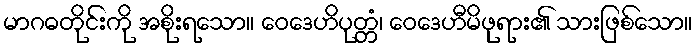
မာဂဓတိုင်းကို အစိုးရသော။ ဝေဒေဟိပုတ္တံ၊ ဝေဒေဟီမိဖုရား၏ သားဖြစ်သော။